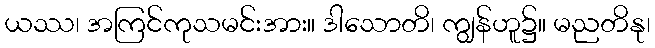
ယဿ၊ အကြင်ကုသမင်းအား။ ဒါသောတိ၊ ကျွန်ဟူ၌။ မညတိနု၊